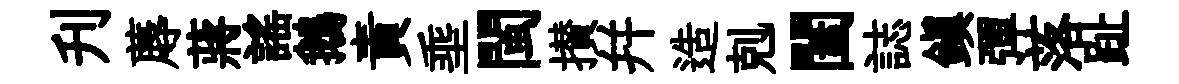
刋蓐蔣謡鵝責埀閩攅幷造剋闔誌鎭彈落趾